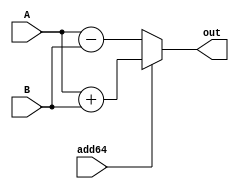
`timescale 1ns / 1ps
//////////////////////////////////////////////////////////////////////////////////
// Company: 
// Engineer: 
// 
// Design Name: 
// Module Name: Adder64Bit
// Project Name: 
// Target Devices: 
// Tool Versions: 
// Description: 
// 
// Dependencies: 
// 
// Revision:
// Revision 0.01 - File Created
// Additional Comments:
// 
//////////////////////////////////////////////////////////////////////////////////


module Adder64Bit(A, B, add64, out);
    input [63:0] A, B;
    input add64;
    output reg [63:0] out;
    
    always@(A, B, add64) begin
        if (add64 == 1'b1)
            out <= A + B;
        else 
            out <= A - B;
    end
    
endmodule